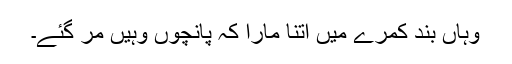
وہاں بند کمرے میں اتنا مارا کہ پانچوں وہیں مر گئے۔